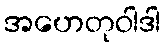
အဟေတုဝါဒါ